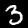
Label: 3